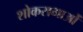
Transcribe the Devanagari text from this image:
शोकसभाओं